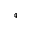
^ { 4 }